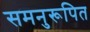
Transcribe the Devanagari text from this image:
समनुरूपित